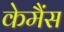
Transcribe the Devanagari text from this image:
केमैंस